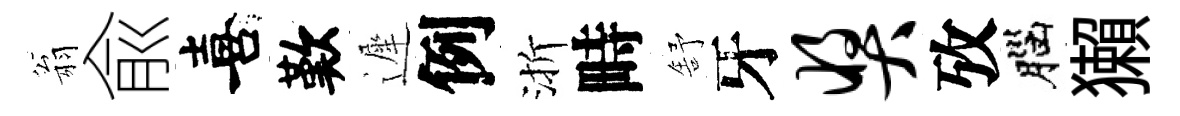
翁兪喜歎遲例渐畤舒牙奖攷腦獺